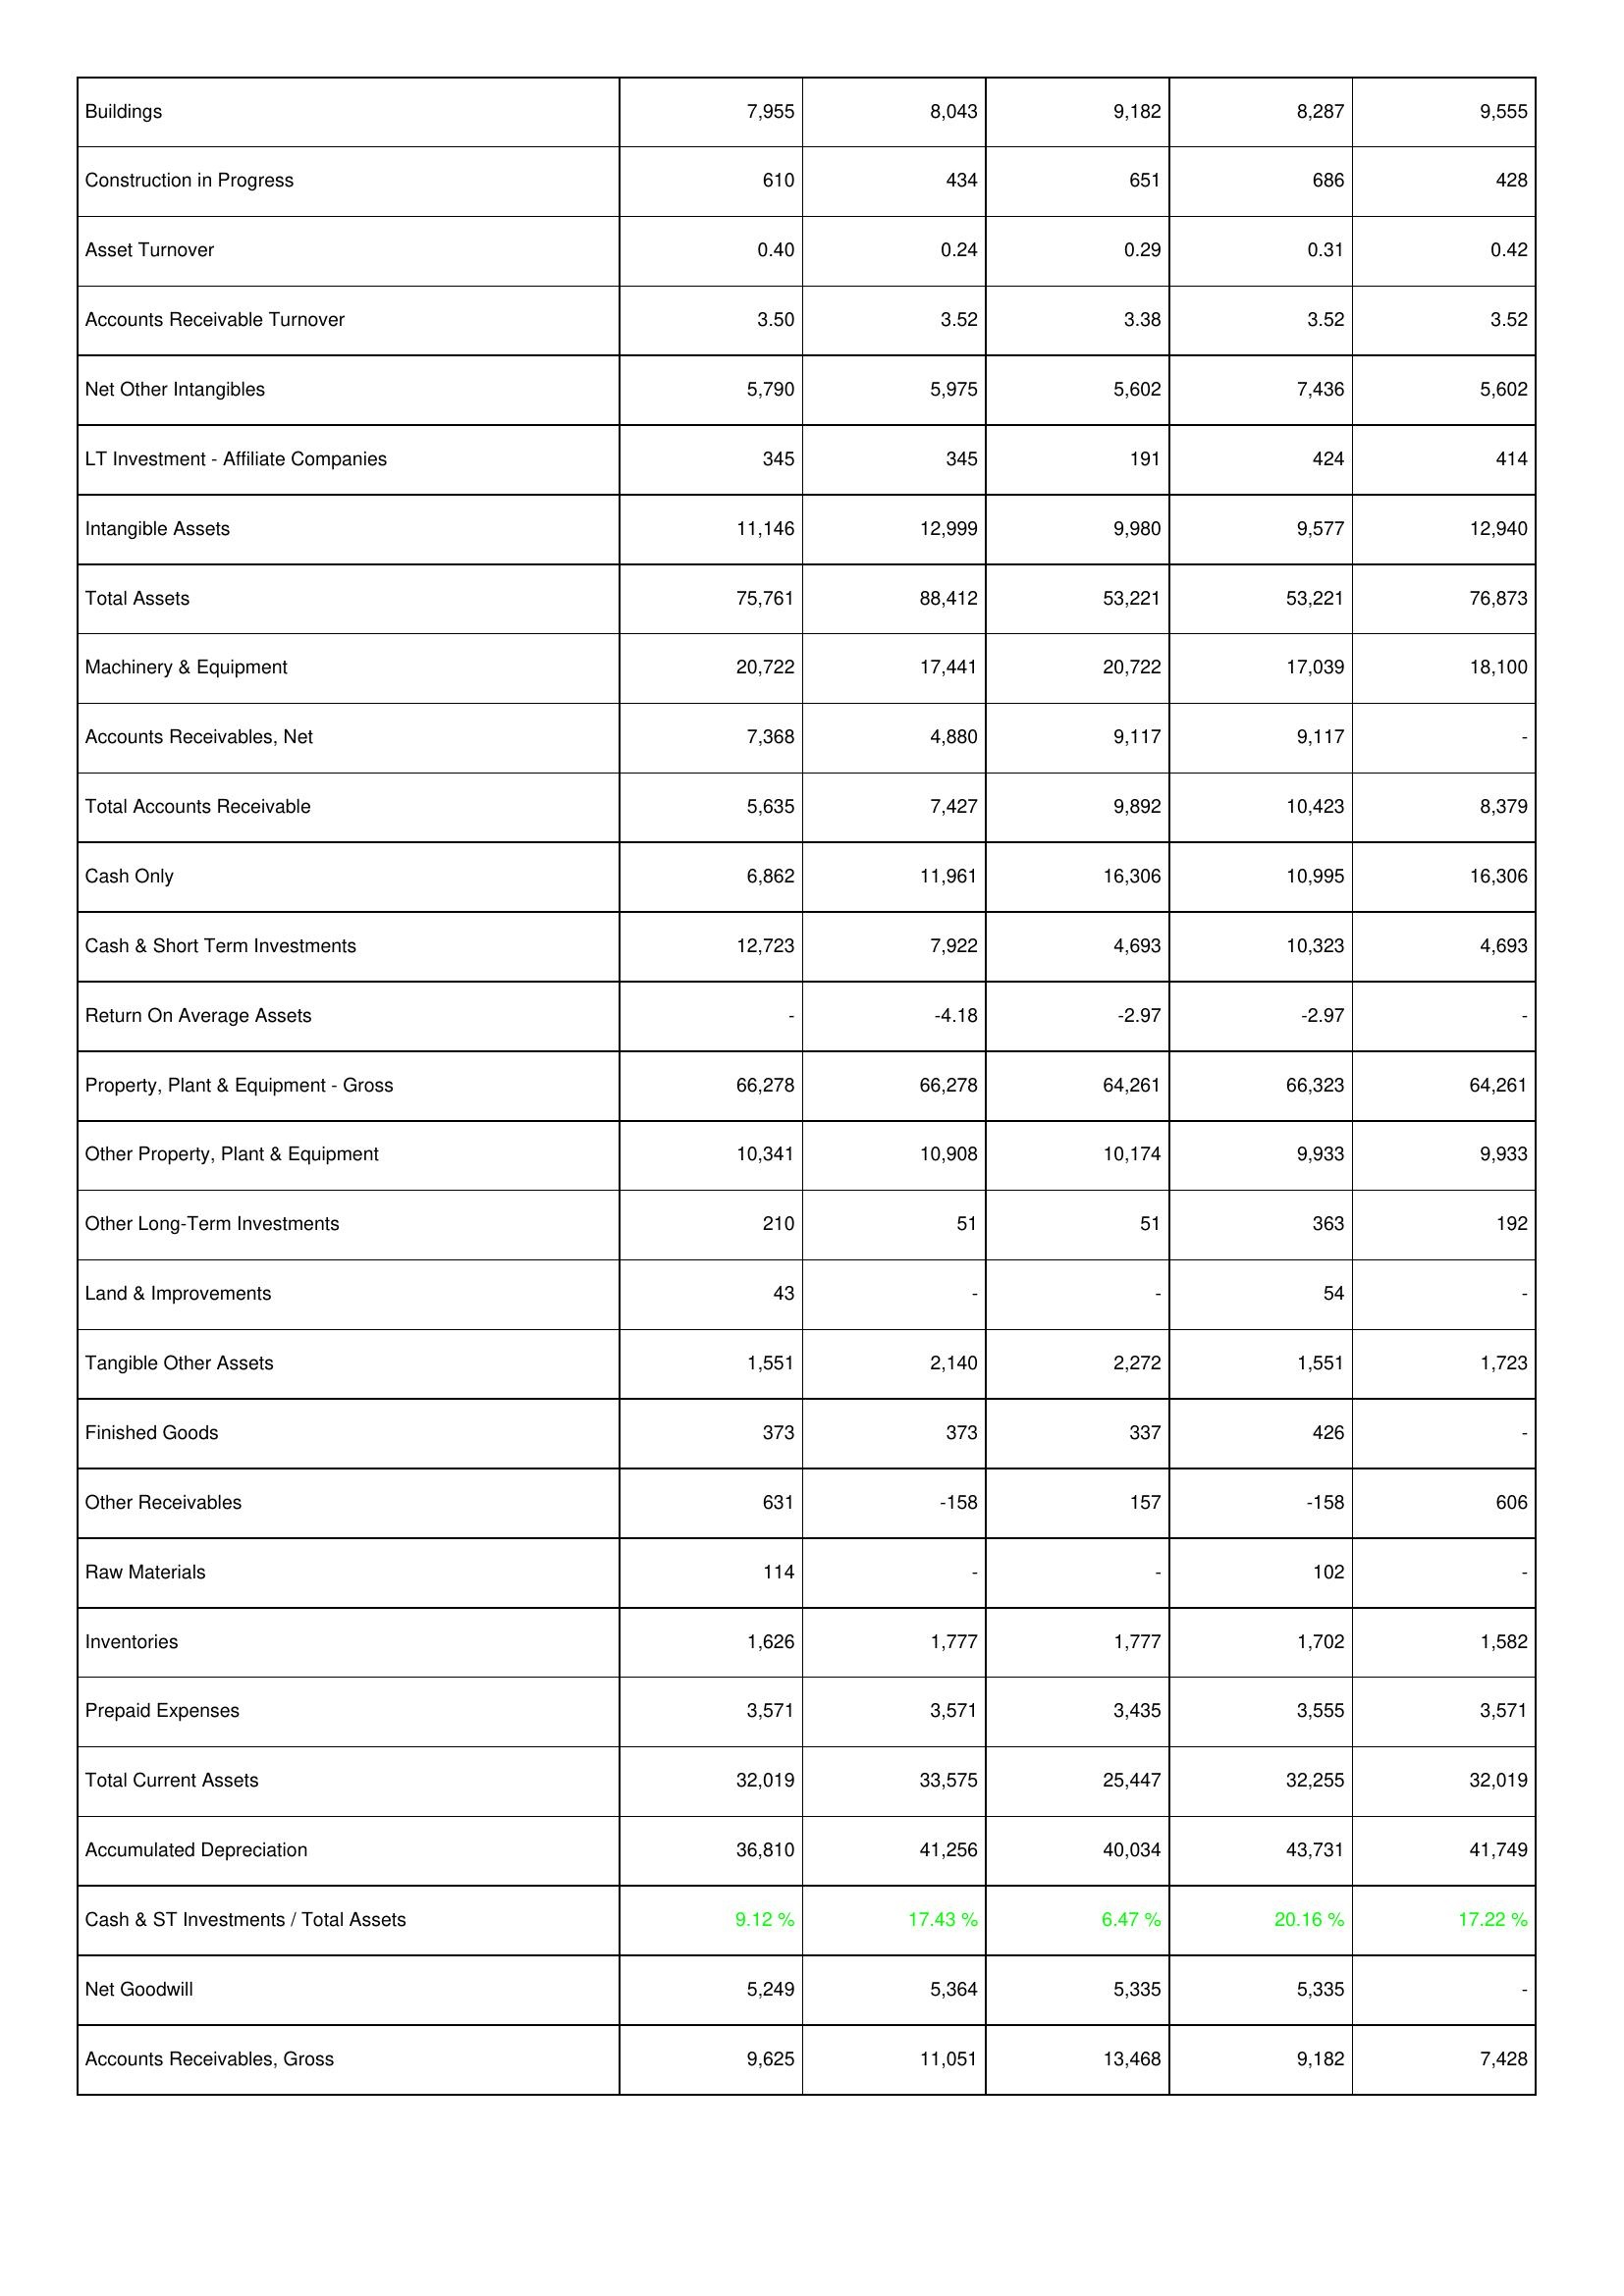
2010: Assets: Buildings: 7,955
Construction in Progress: 610
Asset Turnover: 0.40
Accounts Receivable Turnover: 3.50
Net Other Intangibles: 5,790
LT Investment - Affiliate Companies: 345
Intangible Assets: 11,146
Total Assets: 75,761
Machinery & Equipment: 20,722
Accounts Receivables, Net: 7,368
Total Accounts Receivable: 5,635
Cash Only: 6,862
Cash & Short Term Investments: 12,723
Return On Average Assets: -
Property, Plant & Equipment - Gross: 66,278
Other Property, Plant & Equipment: 10,341
Other Long-Term Investments: 210
Land & Improvements: 43
Tangible Other Assets: 1,551
Finished Goods: 373
Other Receivables: 631
Raw Materials: 114
Inventories: 1,626
Prepaid Expenses: 3,571
Total Current Assets: 32,019
Accumulated Depreciation: 36,810
Cash & ST Investments / Total Assets: 9.12 %
Net Goodwill: 5,249
Accounts Receivables, Gross: 9,625
2009: Assets: Buildings: 8,043
Construction in Progress: 434
Asset Turnover: 0.24
Accounts Receivable Turnover: 3.52
Net Other Intangibles: 5,975
LT Investment - Affiliate Companies: 345
Intangible Assets: 12,999
Total Assets: 88,412
Machinery & Equipment: 17,441
Accounts Receivables, Net: 4,880
Total Accounts Receivable: 7,427
Cash Only: 11,961
Cash & Short Term Investments: 7,922
Return On Average Assets: -4.18
Property, Plant & Equipment - Gross: 66,278
Other Property, Plant & Equipment: 10,908
Other Long-Term Investments: 51
Land & Improvements: -
Tangible Other Assets: 2,140
Finished Goods: 373
Other Receivables: -158
Raw Materials: -
Inventories: 1,777
Prepaid Expenses: 3,571
Total Current Assets: 33,575
Accumulated Depreciation: 41,256
Cash & ST Investments / Total Assets: 17.43 %
Net Goodwill: 5,364
Accounts Receivables, Gross: 11,051
2008: Assets: Buildings: 9,182
Construction in Progress: 651
Asset Turnover: 0.29
Accounts Receivable Turnover: 3.38
Net Other Intangibles: 5,602
LT Investment - Affiliate Companies: 191
Intangible Assets: 9,980
Total Assets: 53,221
Machinery & Equipment: 20,722
Accounts Receivables, Net: 9,117
Total Accounts Receivable: 9,892
Cash Only: 16,306
Cash & Short Term Investments: 4,693
Return On Average Assets: -2.97
Property, Plant & Equipment - Gross: 64,261
Other Property, Plant & Equipment: 10,174
Other Long-Term Investments: 51
Land & Improvements: -
Tangible Other Assets: 2,272
Finished Goods: 337
Other Receivables: 157
Raw Materials: -
Inventories: 1,777
Prepaid Expenses: 3,435
Total Current Assets: 25,447
Accumulated Depreciation: 40,034
Cash & ST Investments / Total Assets: 6.47 %
Net Goodwill: 5,335
Accounts Receivables, Gross: 13,468
2007: Assets: Buildings: 8,287
Construction in Progress: 686
Asset Turnover: 0.31
Accounts Receivable Turnover: 3.52
Net Other Intangibles: 7,436
LT Investment - Affiliate Companies: 424
Intangible Assets: 9,577
Total Assets: 53,221
Machinery & Equipment: 17,039
Accounts Receivables, Net: 9,117
Total Accounts Receivable: 10,423
Cash Only: 10,995
Cash & Short Term Investments: 10,323
Return On Average Assets: -2.97
Property, Plant & Equipment - Gross: 66,323
Other Property, Plant & Equipment: 9,933
Other Long-Term Investments: 363
Land & Improvements: 54
Tangible Other Assets: 1,551
Finished Goods: 426
Other Receivables: -158
Raw Materials: 102
Inventories: 1,702
Prepaid Expenses: 3,555
Total Current Assets: 32,255
Accumulated Depreciation: 43,731
Cash & ST Investments / Total Assets: 20.16 %
Net Goodwill: 5,335
Accounts Receivables, Gross: 9,182
2006: Assets: Buildings: 9,555
Construction in Progress: 428
Asset Turnover: 0.42
Accounts Receivable Turnover: 3.52
Net Other Intangibles: 5,602
LT Investment - Affiliate Companies: 414
Intangible Assets: 12,940
Total Assets: 76,873
Machinery & Equipment: 18,100
Accounts Receivables, Net: -
Total Accounts Receivable: 8,379
Cash Only: 16,306
Cash & Short Term Investments: 4,693
Return On Average Assets: -
Property, Plant & Equipment - Gross: 64,261
Other Property, Plant & Equipment: 9,933
Other Long-Term Investments: 192
Land & Improvements: -
Tangible Other Assets: 1,723
Finished Goods: -
Other Receivables: 606
Raw Materials: -
Inventories: 1,582
Prepaid Expenses: 3,571
Total Current Assets: 32,019
Accumulated Depreciation: 41,749
Cash & ST Investments / Total Assets: 17.22 %
Net Goodwill: -
Accounts Receivables, Gross: 7,428